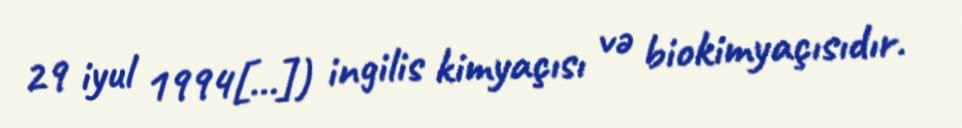
29 iyul 1994[…]) ingilis kimyaçısı və biokimyaçısıdır.